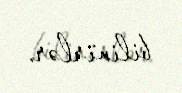
bilinirlər.